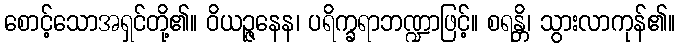
စောင့်သောအရှင်တို့၏။ ဝိယဉ္ဇနေန၊ ပရိက္ခရာဘဏ္ဍာဖြင့်။ စရန္တိ၊ သွားလာကုန်၏။